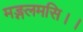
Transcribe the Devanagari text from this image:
मङ्गलमसि।।